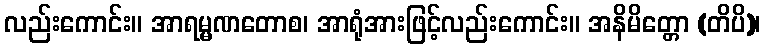
လည်းကောင်း။ အာရမ္မဏတောစ၊ အာရုံအားဖြင့်လည်းကောင်း။ အနိမိတ္တော (တိပိ)၊